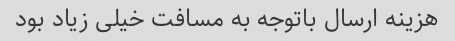
هزینه ارسال باتوجه به مسافت خیلی زیاد بود